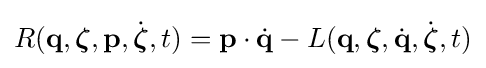
R(\mathbf {q} ,{\boldsymbol {\zeta }},\mathbf {p} ,{\dot {\boldsymbol {\zeta }}},t)=\mathbf {p} \cdot {\dot {\mathbf {q} }}-L(\mathbf {q} ,{\boldsymbol {\zeta }},{\dot {\mathbf {q} }},{\dot {\boldsymbol {\zeta }}},t)